Civil Veterinary Department Bihar reports 1936-40 - 1936-1940
Year: 1936
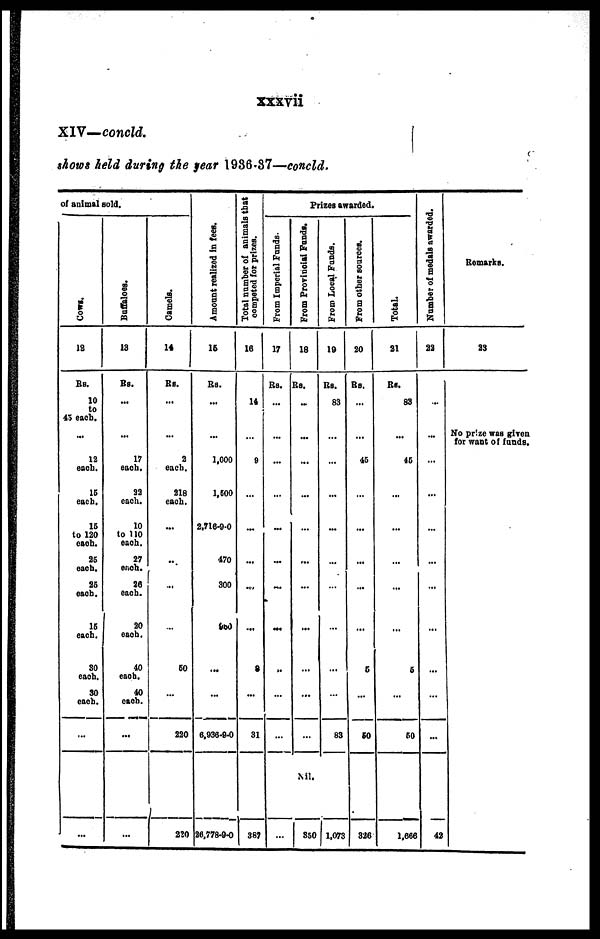
xxxvii
XIV—concld.
shows held during the fear 1936-37—concld.
of animal sold.
Cows.
12
Rs.
10
to
45 each.
…
12
each.
15
each.
15
to 120
each.
25
each.
25
each.
16
each.
30
each.
30
each.
...
…
Buffaloes.
13
Rs.
...
…
17
each.
22
eaoh.
10
to 110
each.
27
each.
20
each.
20
each.
40
each.
40
each.
...
...
Camels.
14
Rs.
...
…
2
each.
218
each.
…
…
…
…
60
…
220
220
Amo u n t r eal i zed in fees.
15
Rs.
...
…
1,000
1,600
2,716-9-0
470
300
950
…
…
6,936-9-0
26,778-9-0
Total number of animals that
competed for prizes.
16
14
…
9
…
…
…
…
…
8
…
31
387
Prizes awarded.
From Imperial Funds.
17
Rs.
…
…
…
…
…
…
…
…
…
…
…
...
From Provincial Funds.
18
Rs.
…
…
…
…
…
…
…
…
…
…
...
Nil.
350
From Local Funds.
19
Rs.
83
…
…
…
…
…
…
…
…
…
83
1,073
From other sources.
20
Rs.
…
…
45
…
…
…
…
…
6
…
60
326
Total.
21
Rs.
83
…
45
…
…
…
…
…
6
…
50
1,666
Number of medals awarded.
22
...
…
...
…
…
…
…
…
…
…
...
42
Remarks.
23
No prize was given
for want of funds.